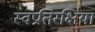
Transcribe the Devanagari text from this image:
स्वप्रतिरक्षियां